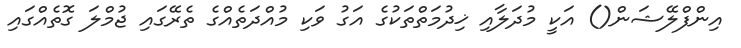
އިންފްލޭޝަން() އަކީ މުދަލާއި ޚިދުމަތްތަކުގެ އަގު ވަކި މުއްދަތެއްގެ ތެރޭގައި ޖުމްލަ ގޮތެއްގައި